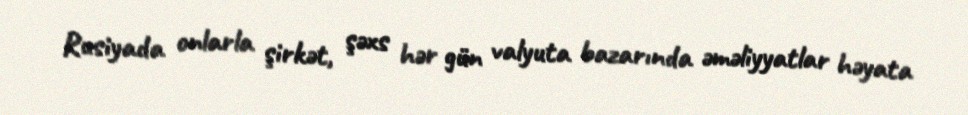
Rusiyada onlarla şirkət, şəxs hər gün valyuta bazarında əməliyyatlar həyata